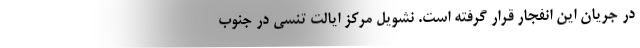
در جریان این انفجار قرار گرفته است. نشویل مرکز ایالت تنسی در جنوب